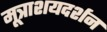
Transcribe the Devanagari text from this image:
मूत्राशयदर्शन